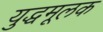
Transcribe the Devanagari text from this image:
युद्धमूलक